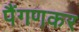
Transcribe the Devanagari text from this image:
पैंगणकर